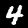
Label: 4